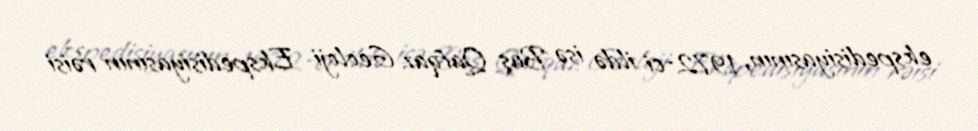
ekspedisiyasının, 1972-ci ildə isə Baş Qafqaz Geoloji Ekspedisiyasının rəisi